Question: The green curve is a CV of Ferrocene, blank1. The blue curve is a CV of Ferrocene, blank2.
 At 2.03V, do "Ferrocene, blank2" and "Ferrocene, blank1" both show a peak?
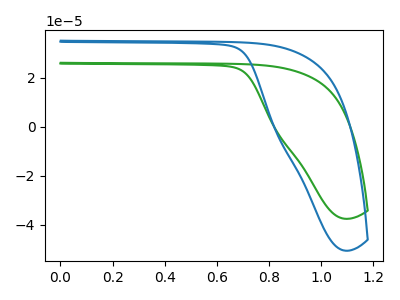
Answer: <think>The green curve "Ferrocene, blank1" has no peaks. The blue curve "Ferrocene, blank2" has no peaks.</think>
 <answer>No, "Ferrocene, blank2" and "Ferrocene, blank1" dont share a peak at 2.03V.</answer>
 <eval>mismatch</eval>